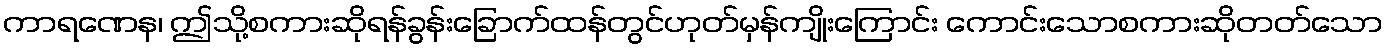
ကာရဏေန၊ ဤသို့စကားဆိုရန်ခွန်းခြောက်ထန်တွင်ဟုတ်မှန်ကျိုးကြောင်း ကောင်းသောစကားဆိုတတ်သော